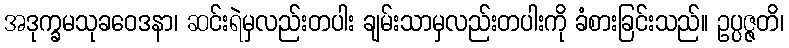
အဒုက္ခမသုခဝေဒနာ၊ ဆင်းရဲမှလည်းတပါး ချမ်းသာမှလည်းတပါးကို ခံစားခြင်းသည်။ ဥပ္ပဇ္ဇတိ၊